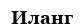
Иланг